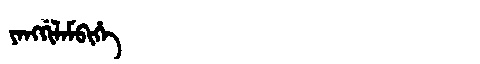
Manchu: ᠶᠠᠩᡤᡳᠯᠠᠮᠪᡳᡥᡝ
Romanization: YANGGILAMBIHE